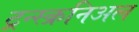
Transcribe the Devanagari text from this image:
ट्रन्स्क्रनिअल